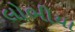
લોભીયા